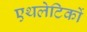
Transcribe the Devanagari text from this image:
एथलेटिकों